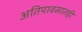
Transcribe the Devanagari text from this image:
अतिपावसातही